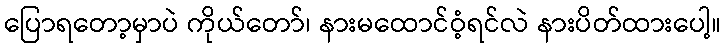
ပြောရတော့မှာပဲ ကိုယ်တော်၊ နားမထောင်ဝံ့ရင်လဲ နားပိတ်ထားပေါ့။